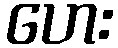
ဟေး